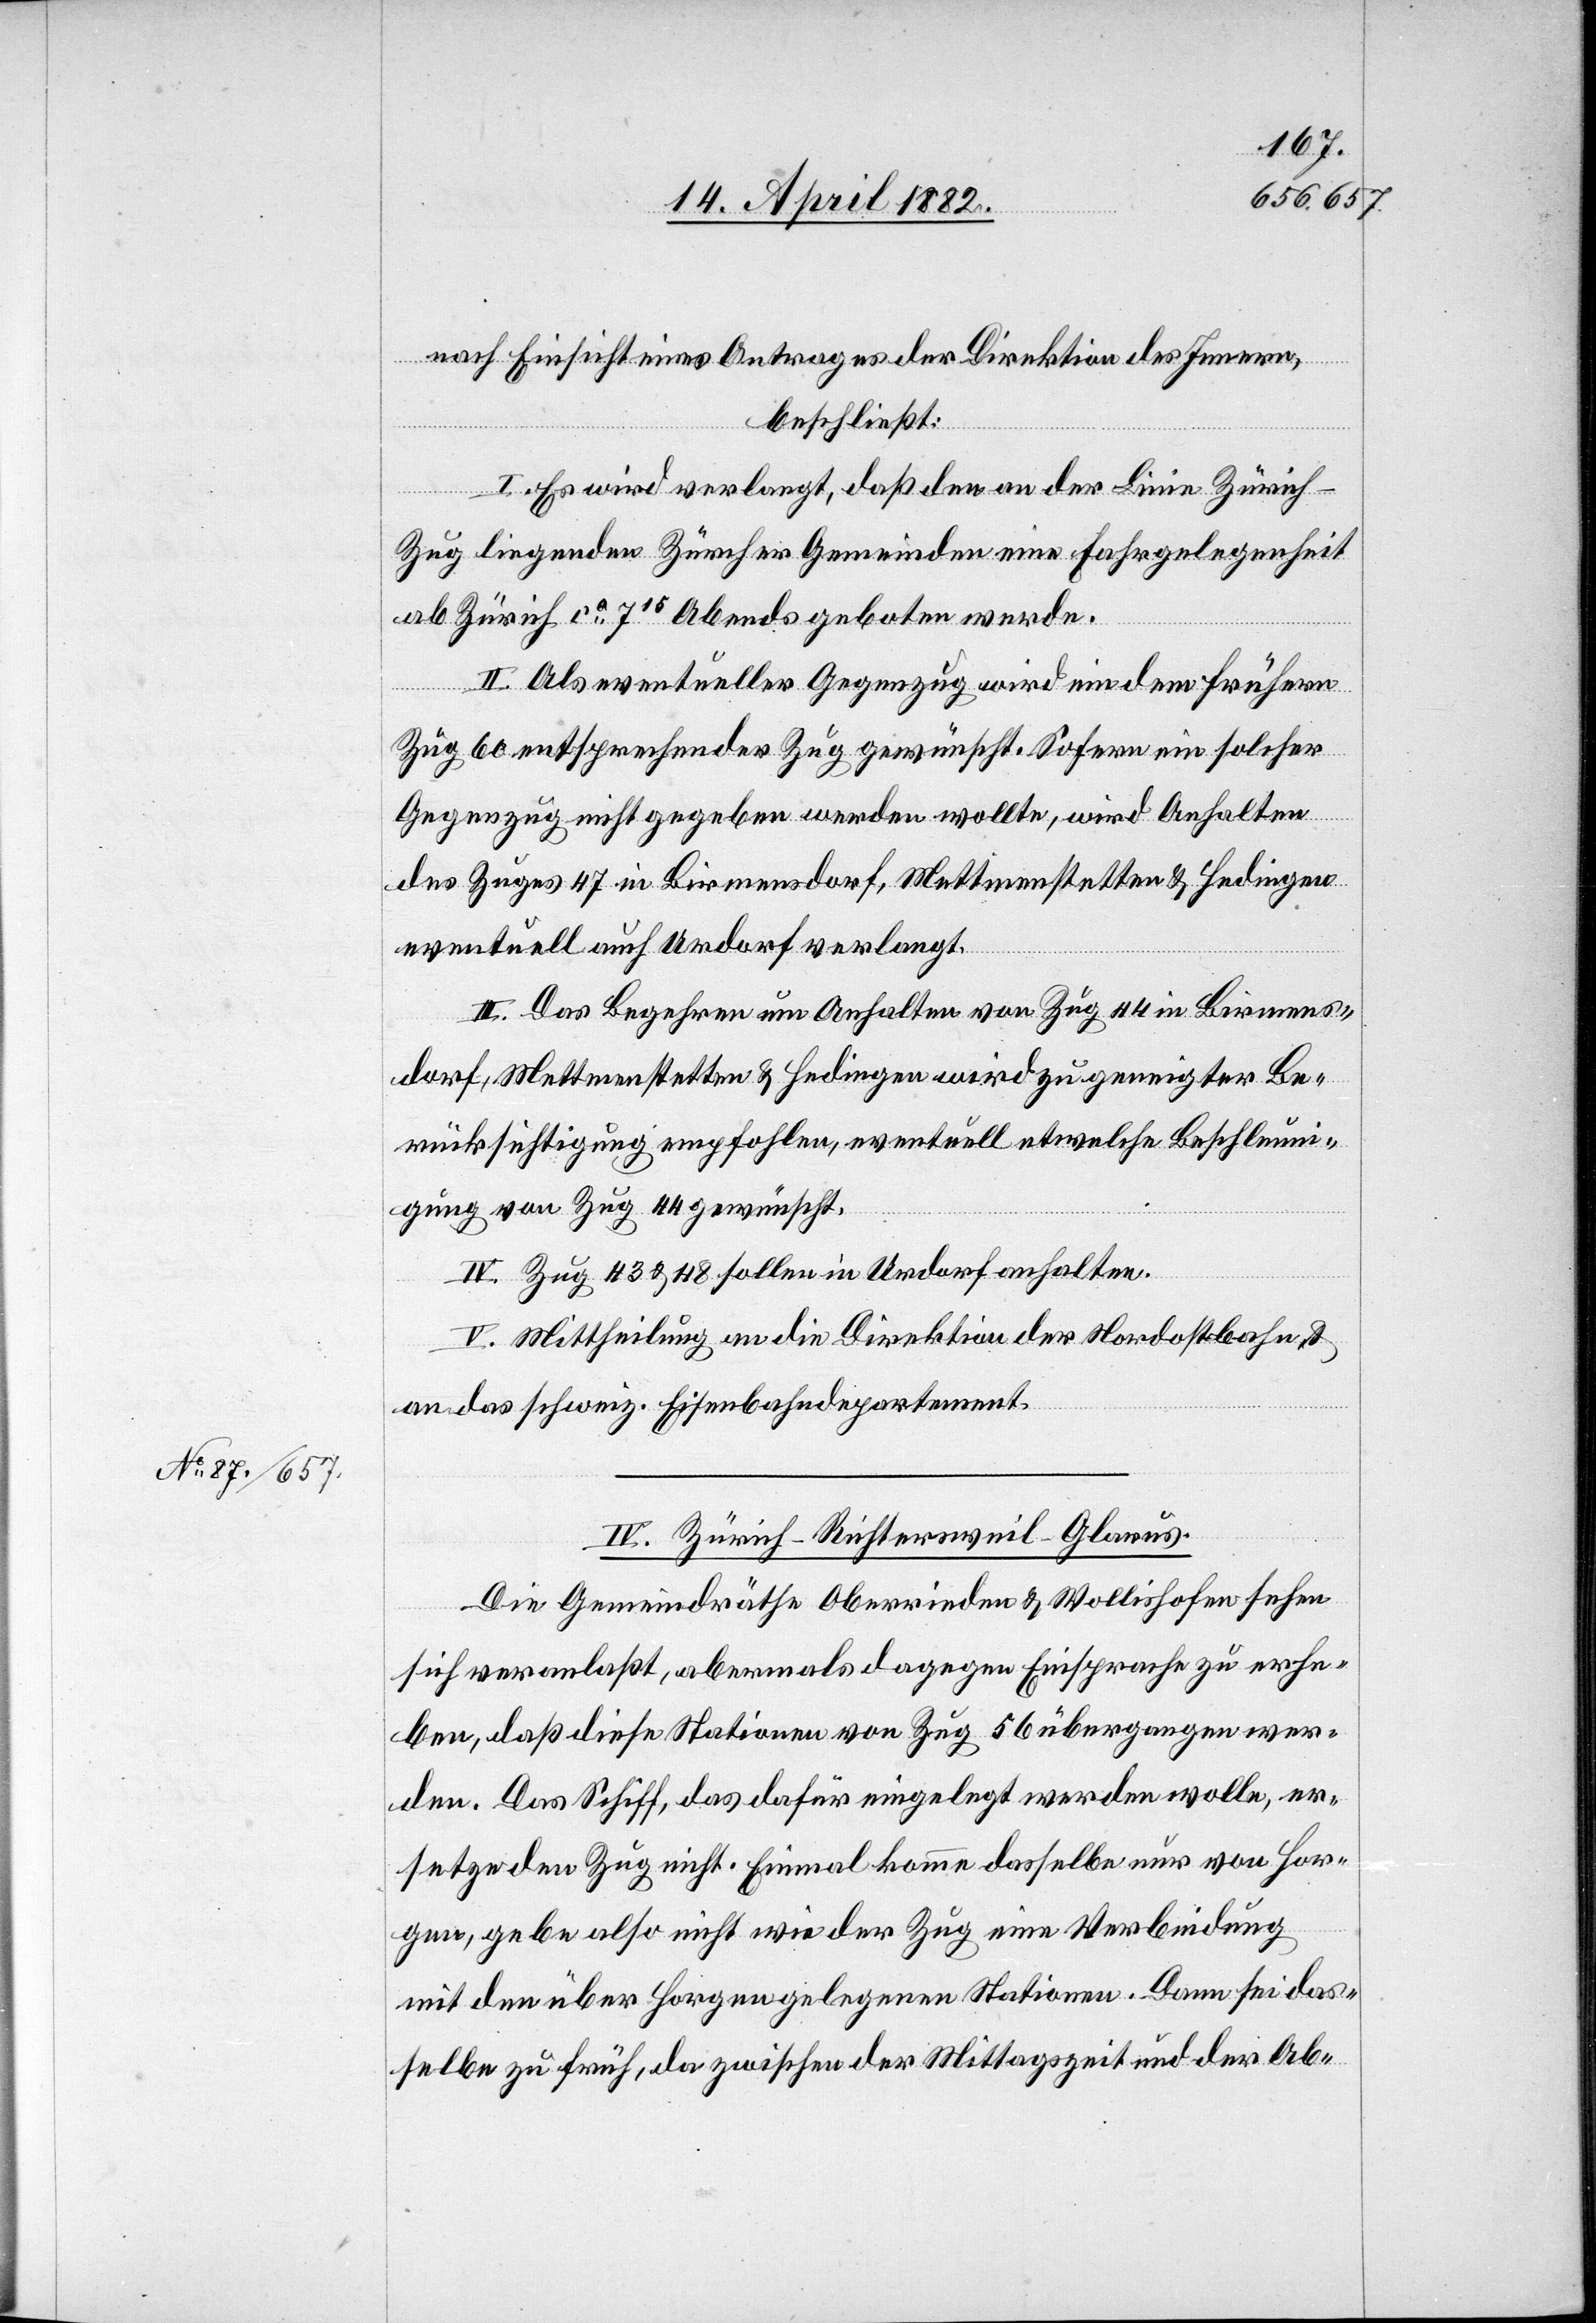
nach Einsicht eines Antrages der Direktion des Innern,
beschließt:
I. Es wird verlangt, daß den an der Linie Zürich–Z¬
ug liegenden Zürcher Gemeinden eine Fahrgelegenheit
ab Zürich ca 715 Abends geboten werde.
II. Als eventueller Gegenzug wird ein dem frühern
Zug 60 entsprechender Zug gewünscht. Sofern ein solcher
Gegenzug nicht gegeben werden wollte, wird Anhalten
des Zuges 47 in Birmensdorf, Mettmenstetten & Hedingen
eventuell auch Urdorf verlangt.
III. Das Begehren um Anhalten von Zug 44 in Birmens¬
dorf, Mettmenstetten & Hedingen wird zu geneigter Be¬
rücksichtigung empfohlen, eventuell etwelche Beschleun¬
igung von Zug 44 gewünscht.
IV. Zug 43 & 48 sollen in Urdorf anhalten.
V. Mittheilung an die Direktion der Nordostbahn &
an das schweiz. Eisenbahndepartement.
IV. Zürich–Richtersweil–Glarus.
Die Gemeindräthe Oberrieden & Wollishofen sehen
sich veranlaßt, abermals dagegen Einsprache zu erhe¬
ben, daß diese Stationen von Zug 56 übergangen wer¬
den. Das Schiff, das dafür eingelegt werden wolle, er¬
setze den Zug nicht. Einmal komme dasselbe nur von Hor¬
gen, gebe also nicht wie der Zug eine Verbindung
mit den über Horgen gelegenen Stationen. Dann sei das¬
selbe zu früh, da zwischen der Mittagszeit und der Ab-